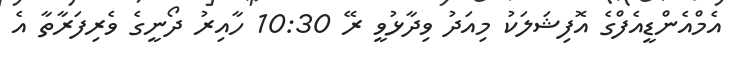
އެމްއެންޑީއެފްގެ އޮފިޝަލަކު މިއަދު ވިދާޅުވީ ރޭ 10:30 ހާއިރު ދޯނީގެ ވެރިފަރާތާ އެ